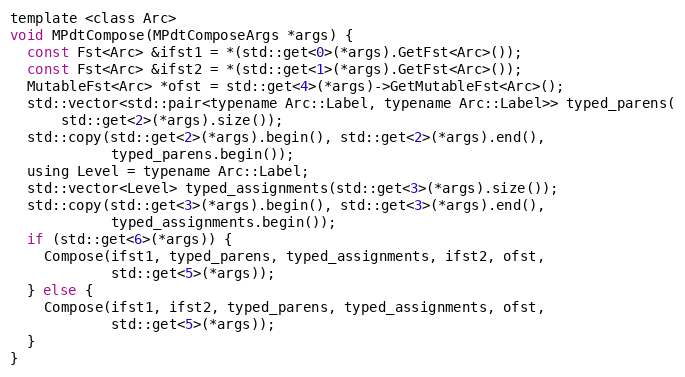
Language: C
template <class Arc>
void MPdtCompose(MPdtComposeArgs *args) {
  const Fst<Arc> &ifst1 = *(std::get<0>(*args).GetFst<Arc>());
  const Fst<Arc> &ifst2 = *(std::get<1>(*args).GetFst<Arc>());
  MutableFst<Arc> *ofst = std::get<4>(*args)->GetMutableFst<Arc>();
  std::vector<std::pair<typename Arc::Label, typename Arc::Label>> typed_parens(
      std::get<2>(*args).size());
  std::copy(std::get<2>(*args).begin(), std::get<2>(*args).end(),
            typed_parens.begin());
  using Level = typename Arc::Label;
  std::vector<Level> typed_assignments(std::get<3>(*args).size());
  std::copy(std::get<3>(*args).begin(), std::get<3>(*args).end(),
            typed_assignments.begin());
  if (std::get<6>(*args)) {
    Compose(ifst1, typed_parens, typed_assignments, ifst2, ofst,
            std::get<5>(*args));
  } else {
    Compose(ifst1, ifst2, typed_parens, typed_assignments, ofst,
            std::get<5>(*args));
  }
}